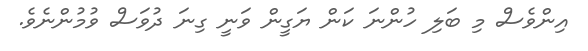
އިންވެސް މި ބަލި ހުންނަ ކަން ޔަގީން ވަނީ ގިނަ ދުވަސް ވުމުންނެވެ.